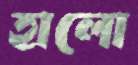
হালো